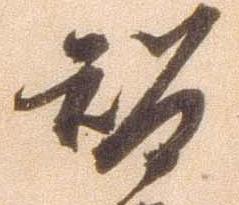
智